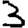
Digit: 3